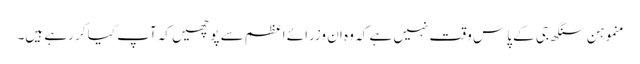
منموہن سنگھ جی کے پاس وقت نہیں ہے کہ وہ ان وزرائے اعظم سے پوچھیں کہ آپ کیا کر رہے ہیں۔